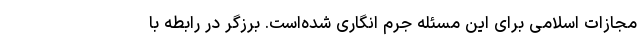
مجازات اسلامی برای این مسئله جرم انگاری شده‌است. برزگر در رابطه با